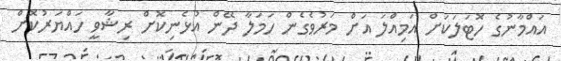
އައްމާނުގެ ހޮޓަލަކަށް އަމިއްލަ އަށް މަރުވެގެން ހަމަލާ ދޭން އުޅެނިކޮށް ރިޝާވީ ހައްޔަރުކޮށް